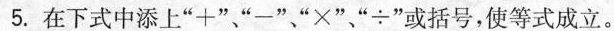
5.在下式中添上” +""-"" \times" "\div "或括号，使等式成立。